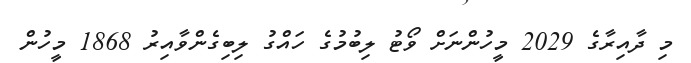
މި ދާއިރާގެ 2029 މީހުންނަށް ވޯޓު ލިބުމުގެ ހައްގު ލިބިގެންވާއިރު 1868 މީހުން